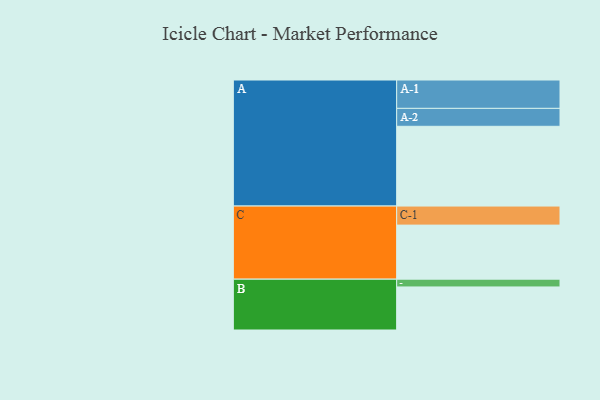
{"axis": {"x": "Segment", "y": "Value"}, "legend": ["", "A", "B", "C"], "data": [{"x": "A", "y": 565, "type": ""}, {"x": "B", "y": 305, "type": ""}, {"x": "C", "y": 383, "type": ""}, {"x": "A-1", "y": 201, "type": "A"}, {"x": "A-2", "y": 127, "type": "A"}, {"x": "B-1", "y": 55, "type": "B"}, {"x": "C-1", "y": 135, "type": "C"}]}